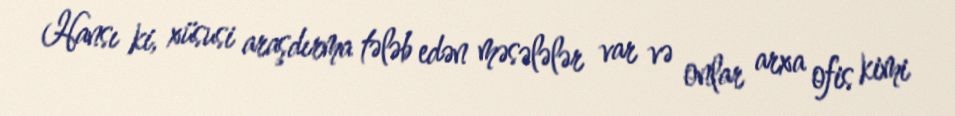
Hansı ki, xüsusi araşdırma tələb edən məsələlər var və onlar arxa ofis kimi